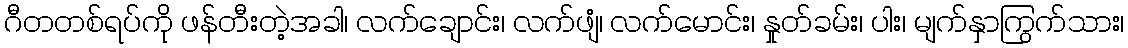
ဂီတတစ်ရပ်ကို ဖန်တီးတဲ့အခါ၊ လက်ချောင်း၊ လက်ဖျံ၊ လက်မောင်း၊ နှုတ်ခမ်း၊ ပါး၊ မျက်နှာကြွက်သား၊